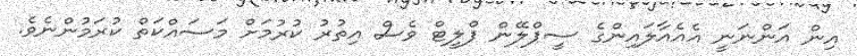
އިން އަންނަނީ އެއެއާލައިންގެ ސީޕްލޭން ފްލީޓް ވެސް އިތުރު ކުރުމަށް މަސައްކަތް ކުރަމުންނެވެ.